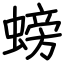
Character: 螃